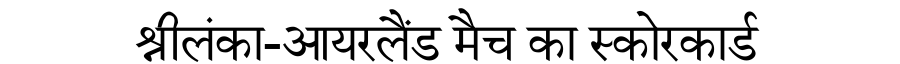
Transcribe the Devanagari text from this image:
श्रीलंका-आयरलैंड मैच का स्कोरकार्ड